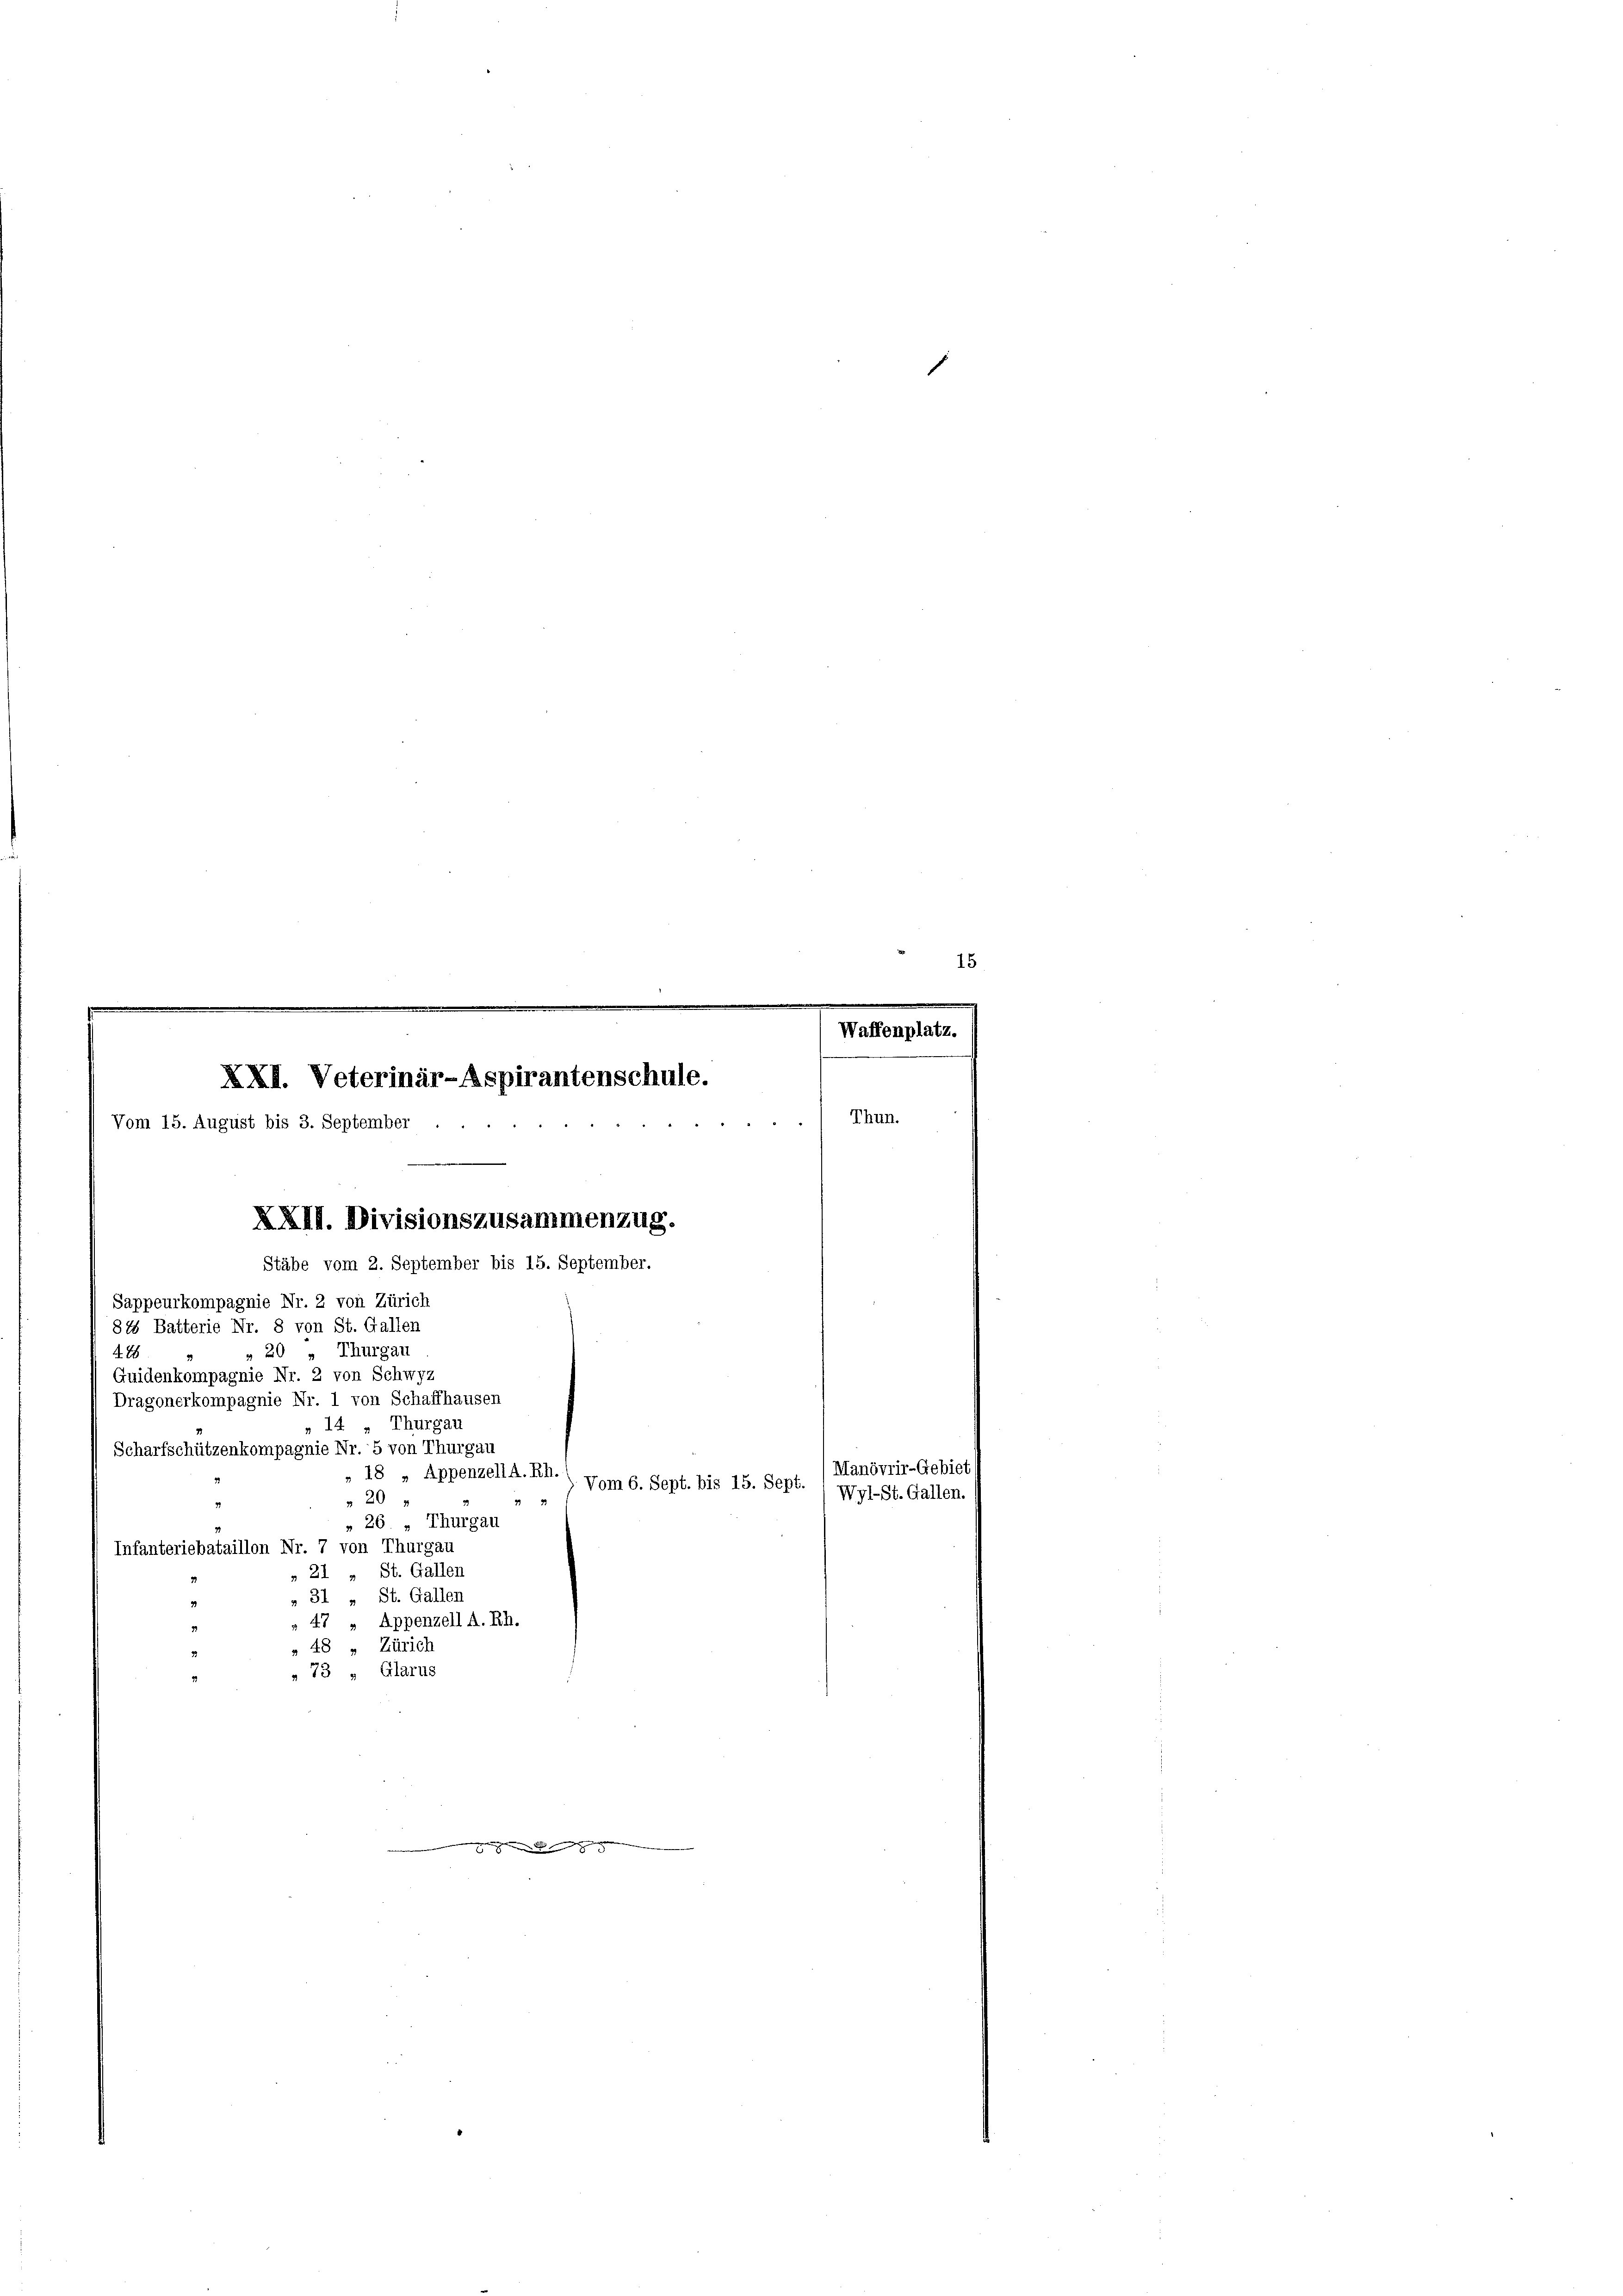
Waffenplatz.
.
XXI. Veterinär-Aspirantenschule.
Thun.
Vom 15. August bis 3. September
Sappeurkompagnie Nr. 2 von Zürich
818 Batterie Nr. 8 von St. Gallen
» 20 „ Thurgau
288
Guidenkompagnie Nr. 2 von Schwyz
Dragonerkompagnie Nr. 1 von Schaffhausen
»14 - Thurgau
Scharfschützenkompagnie Nr. 5 von Thurgau
Manövrir-Gebiet
» 18 » Appenzell A.Rh.
Vom 6. Sept. bis 15. Sept.
Wyl-St. Gallen.
20
„ 26. „ Thurgau
Infanteriebataillon Nr. 7 von Thurgau
»21 „ St. Gallen
» 31 „ St. Gallen
» 47 » Appenzell A. Rh.
2
Zürich
48

XXII. Divisionszusammenzug.
Stäbe vom 2. September bis 15. September.

73 „ Glarus

gegen

15